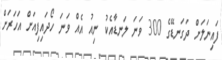
ފައިނަލަށް ދަގަނޑޭގެ 300 ވަނަ ލަނޑާއެކު ނިއު އެއް ވަނަ ހޯދައިފިއަށް އަހަރަށް